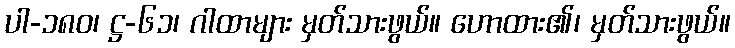
ပါ-၁၈၀၊ ဋ္ဌ-၆၁၊ ဂါထာများ မှတ်သားဖွယ်။ ဟောထား၏၊ မှတ်သားဖွယ်။